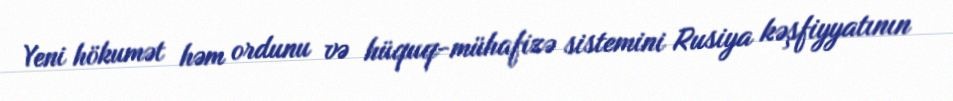
Yeni hökumət həm ordunu və hüquq-mühafizə sistemini Rusiya kəşfiyyatının